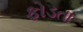
ફોડતા